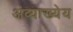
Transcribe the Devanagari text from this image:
अव्याख्येय